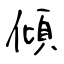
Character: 傾